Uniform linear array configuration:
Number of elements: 24
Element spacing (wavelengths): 0.75
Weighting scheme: hann
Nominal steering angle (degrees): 30
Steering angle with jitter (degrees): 31.913
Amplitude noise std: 0.05
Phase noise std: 0.05

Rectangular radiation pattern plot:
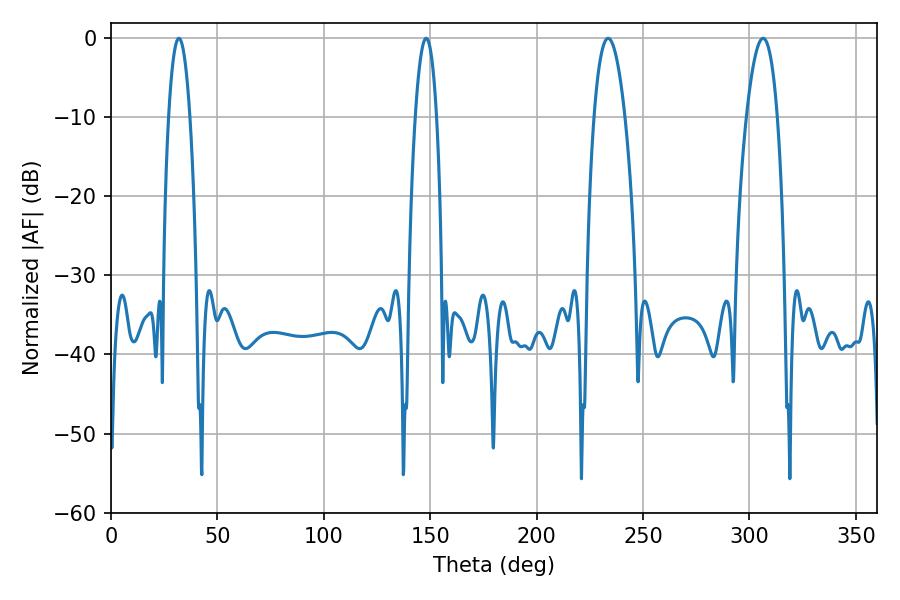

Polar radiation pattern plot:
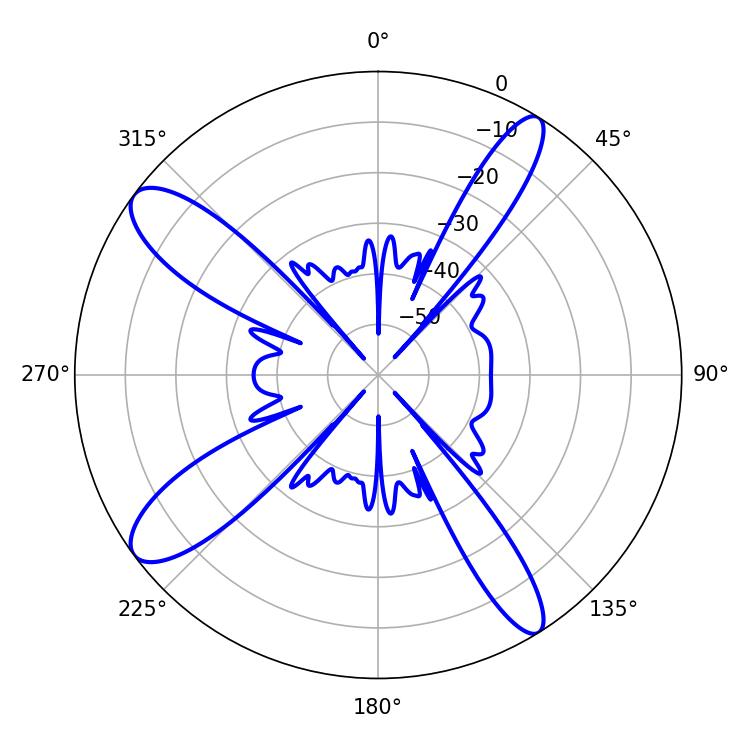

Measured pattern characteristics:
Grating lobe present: TRUE
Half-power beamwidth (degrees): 7.92
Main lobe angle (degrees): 233.64